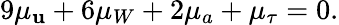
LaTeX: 9\mu_{\mathbf{u}}+6\mu_{W}+2\mu_{a}+\mu_{\tau}=0.